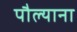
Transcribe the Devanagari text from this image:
पौल्याना